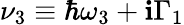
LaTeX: \nu_{3}\equiv\hbar\omega_{3}+\mathbf{i}\Gamma_{1}